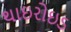
થાઇરોઇડ